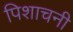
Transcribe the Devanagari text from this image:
पिशाचनी